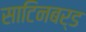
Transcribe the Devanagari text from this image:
साटिनबर्ड